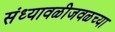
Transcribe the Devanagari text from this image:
संध्यावळीजवळच्या